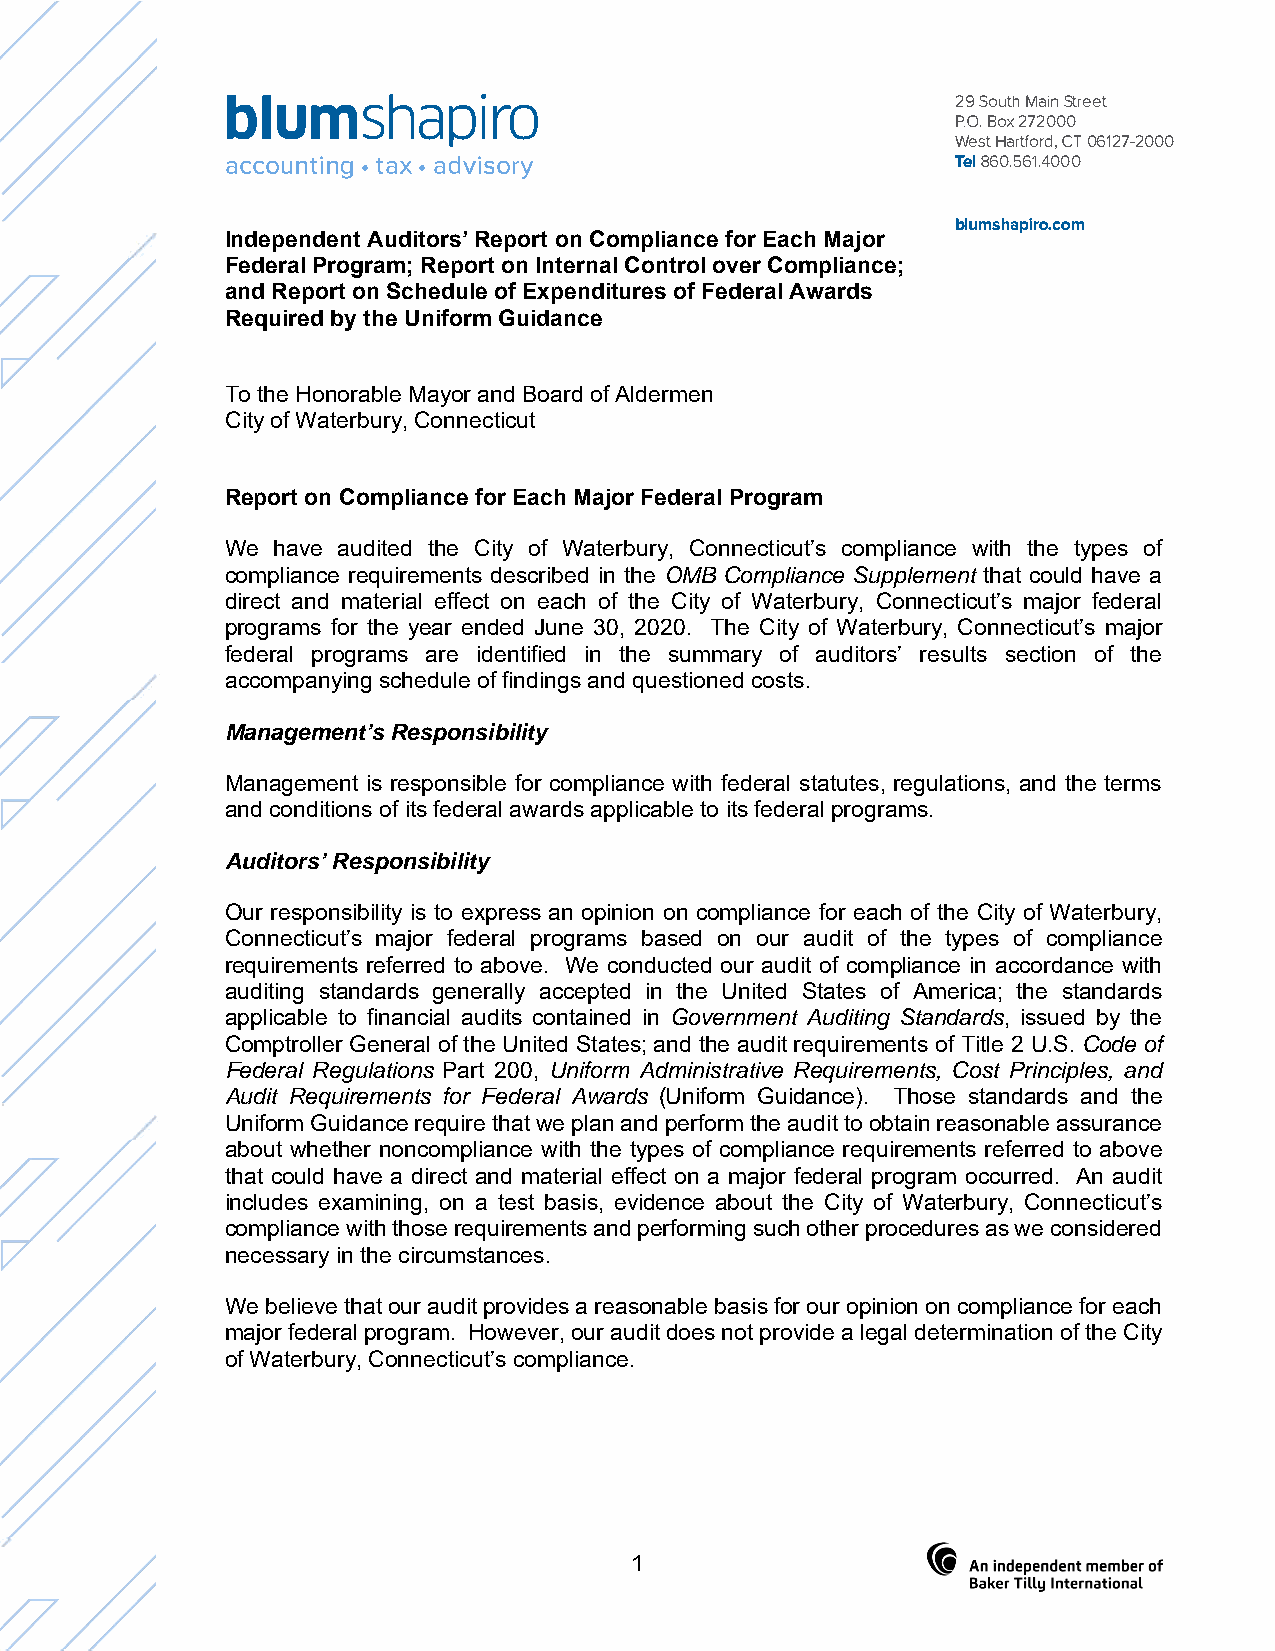
blumshapiro                                     29 South Main Street
 P.O. Box 272000
 West Hartford, CT 06127-2000
 accounting• tax• advisory                       Tel 860.561.4000
 blumshapiro.com
 Independent Auditors’ Report on Compliance for Each Major
 Federal Program; Report on Internal Control over Compliance;
 and Report on Schedule of Expenditures of Federal Awards
 Required by the Uniform Guidance
 To the Honorable Mayor and Board of Aldermen
 City of Waterbury, Connecticut
 Report on Compliance for Each Major Federal Program
 We have audited the City of Waterbury, Connecticut’s compliance with the types of
 compliance requirements described in the OMB Compliance Supplement that could have a
 direct and material effect on each of the City of Waterbury, Connecticut’s major federal
 programs for the year ended June 30, 2020. The City of Waterbury, Connecticut’s major
 federal programs are identified in the summary of auditors’ results section of the
 accompanying schedule of findings and questioned costs.
 Management’s Responsibility
 Management is responsible for compliance with federal statutes, regulations, and the terms
 and conditions of its federal awards applicable to its federal programs.
 Auditors’ Responsibility
 Our responsibility is to express an opinion on compliance for each of the City of Waterbury,
 Connecticut’s major federal programs based on our audit of the types of compliance
 requirements referred to above. We conducted our audit of compliance in accordance with
 auditing standards generally accepted in the United States of America; the standards
 applicable to financial audits contained in Government Auditing Standards, issued by the
 Comptroller General of the United States; and the audit requirements of Title 2 U.S. Code of
 Federal Regulations Part 200, Uniform Administrative Requirements, Cost Principles, and
 Audit Requirements for Federal Awards (Uniform Guidance). Those standards and the
 Uniform Guidance require that we plan and perform the audit to obtain reasonable assurance
 about whether noncompliance with the types of compliance requirements referred to above
 that could have a direct and material effect on a major federal program occurred. An audit
 includes examining, on a test basis, evidence about the City of Waterbury, Connecticut’s
 compliance with those requirements and performing such other procedures as we considered
 necessary in the circumstances.
 We believe that our audit provides a reasonable basis for our opinion on compliance for each
 major federal program. However, our audit does not provide a legal determination of the City
 of Waterbury, Connecticut’s compliance.
 1